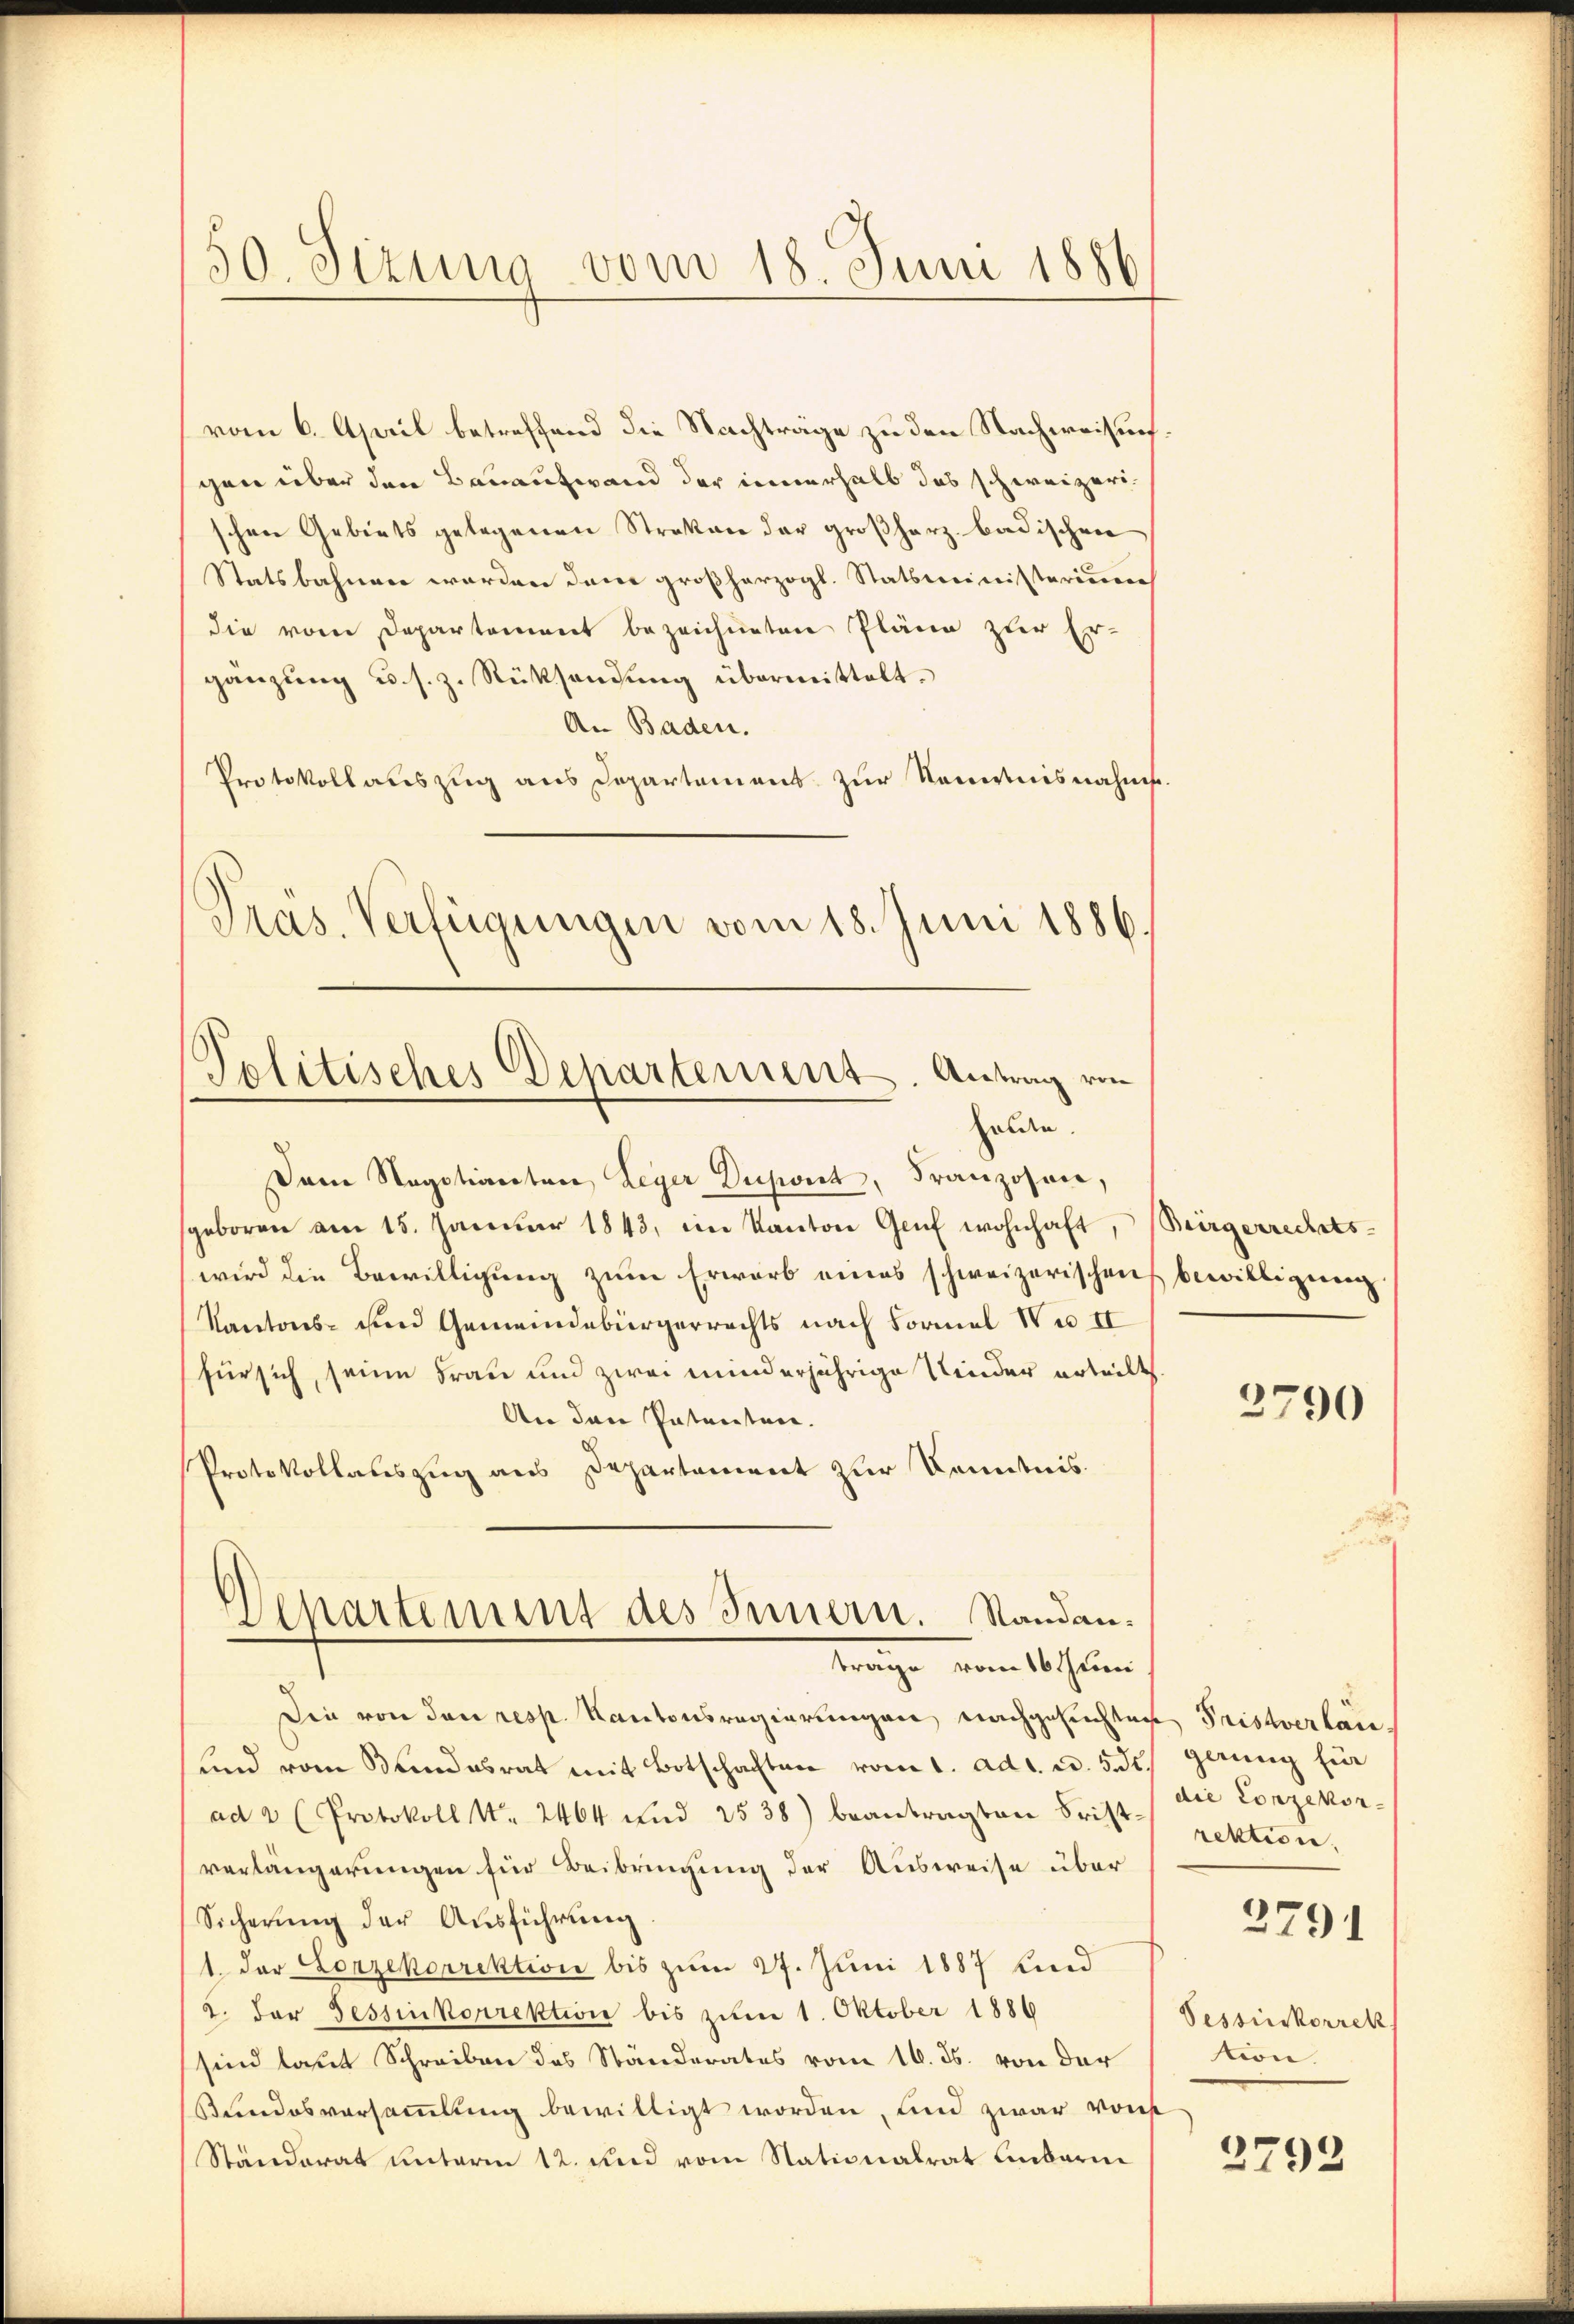
50. Sizung vom 18. Juni 1886

vom 6. April betreffend die Nachträge zu den Nachweisung.
gen über den Bauaufwand der innerhalb das schweizerischen Gebiets gelegenen Streken der großherz badischen
Statsbahnen worden den großherzogl. Statsministerium
die vom Departement bezeichneten Pläne zur Er-
gänzŭng u. s. z. Rücksendŭng übermittelt.
An Baden.
Protokoll auszug aus Departement zur Kenntnisnahms¬
Dem Negotianten Leger Dupont, Franzosen,
sgeboren am 15. Januar 1843, im Kanton Genf wohnhaft, Bürgerrechtswird die Bewilligung zum Erwarb eines schweizerischen bewilligung
Kantons- und Gemeindebürgerrechts nach Formal Wie II
für sich, seine Frau und zwei minderjährige Kinder erteilt
An den Patenten.
Protokollauszug aus Departement zur Kenntnis.
Departement des Innern. Standantrage vom 16 t Juni
Die von den resp. Kantonsregierungen, nachgesuchten Fristverlan¬
und vom Bundesrat mit Botschaften vom 1. ad 1. ad. 5. d.
ad 2 (Protokoll No. 2464 und 2538) beantragten Fristverlängerungen für Beibringung der Ausweise über
Sicherŭng der Aŭsführung
1. Der Lorzekorrektion bis zum 27. Juni 1887 und
2. Der Tessinkorrektion bis zum 1. Oktober 1886
sind laut Schreiben des Ständerates vom 16. ds. von der
Kundesversammlung bewilligt worden, und zwar von
Ständerat unterm 12. und vom Stationalrat Anbarne

Präs. Verfügungen vom 18. Juni 1886.
Politisches Departement. Antrag von
haute.

2790

gerung für
die Conzekor-
rektion.

2791

Pessinkorrek
tion.

2793